Scottish Leaving Certificate Examination, 1957
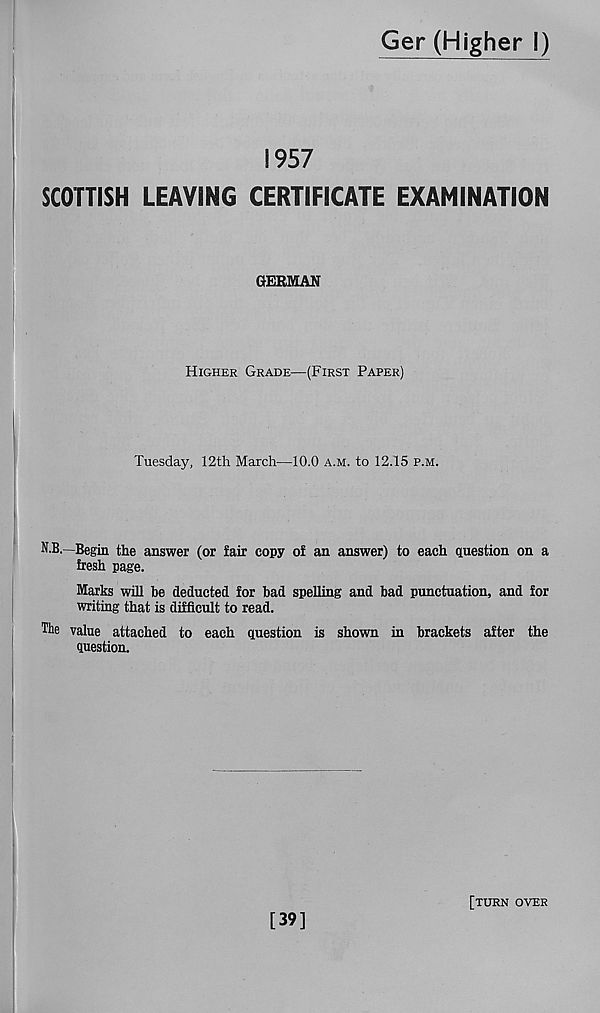
Ger (Higher I)
1957
SCOTTISH LEAVING CERTIFICATE EXAMINATION
GERMAN
Higher Grade—(First Paper)
Tuesday, 12th March—10.0 a.m. to 12.15 p.m.
N.B.—Begin the answer (or fair copy of an answer) to each question on a
fresh page.
Marks will be deducted for bad spelling and bad punctuation, and for
writing that is difficult to read.
The value attached to each question is shown in brackets after the
question.
[39]
[turn over